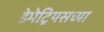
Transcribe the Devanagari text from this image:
डेमेट्रियसच्या